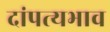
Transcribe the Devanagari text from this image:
दांपत्यभाव